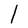
Character: l